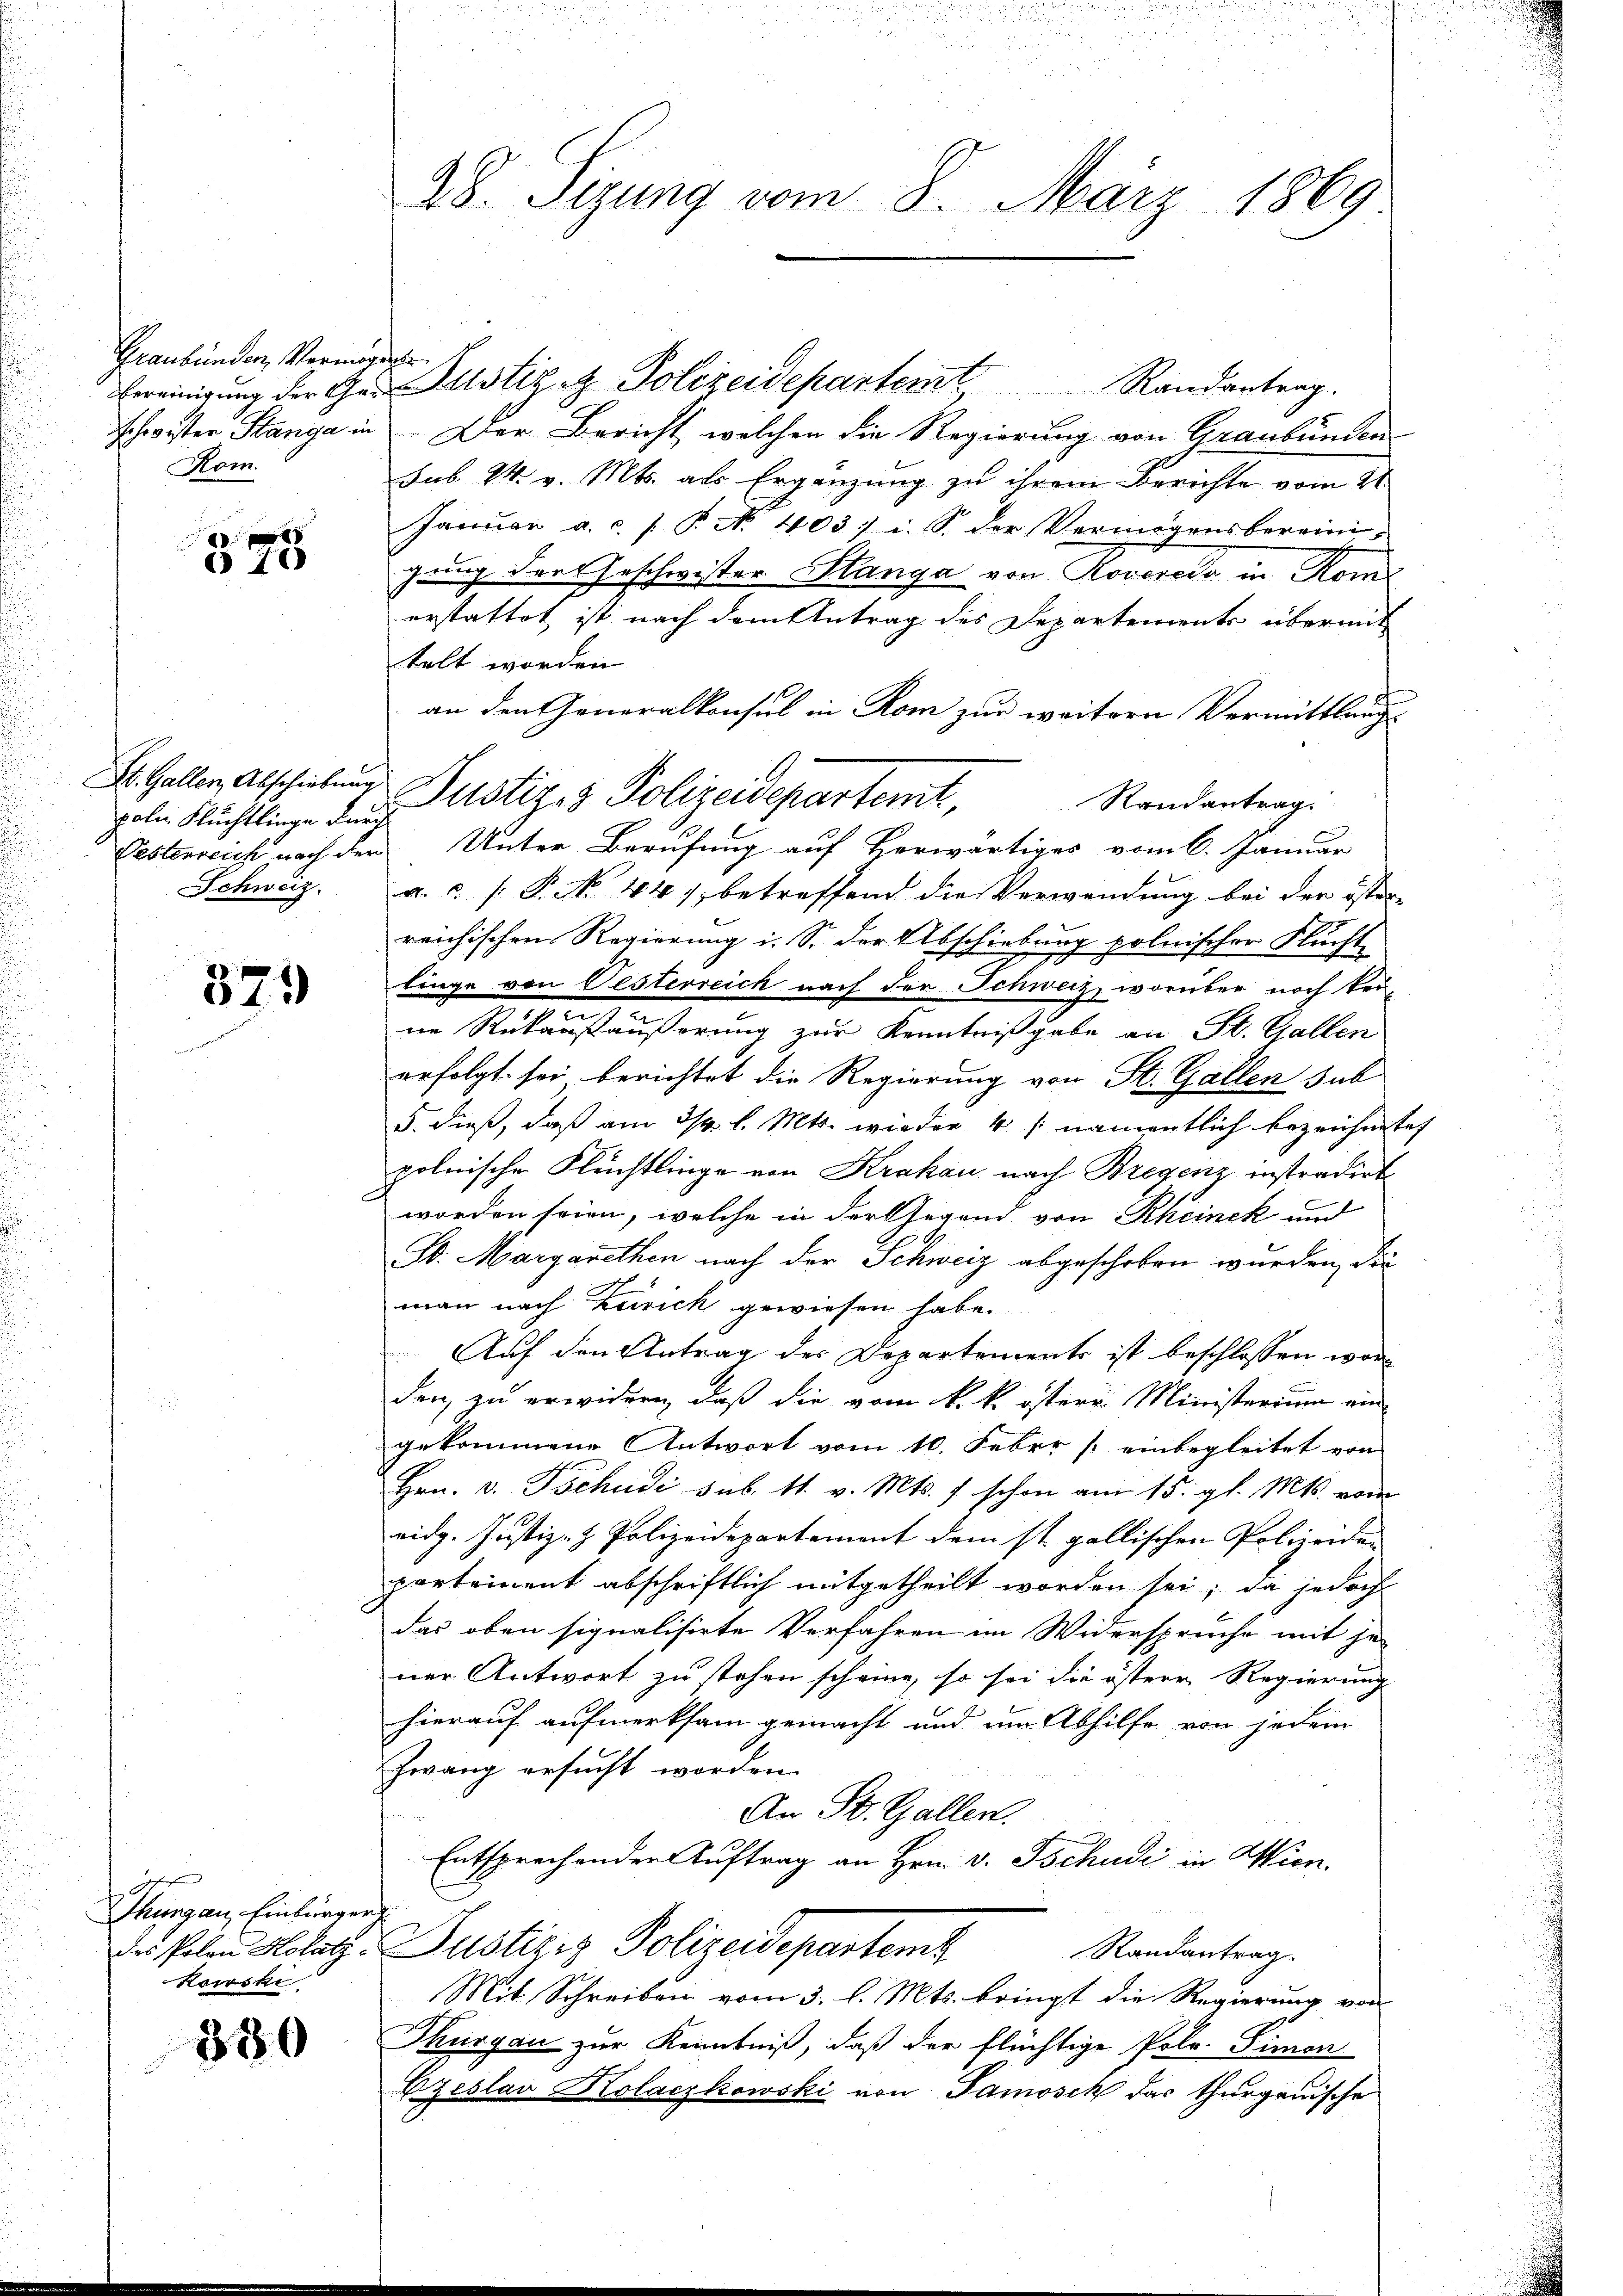
Graubünden, Vermögense
Kom.

375

poln Flüchtlinge durch
Schweiz.

329

4 x
Thurgau, Einbürger
Kowski

380

28. Sizung vom 8. März 1869

Eereinigŭng der Ge- Justiz & Polizeidepartemt Randantrag.
schwister Stanga in Der Bericht, welchen die Regierung von Graubünden
sub 24. v. Mts. als Ergänzung zu ihrem Berichte vom 21.
Januar a. c. P. Nr. 403: i. S. der Vermögensbereinigung der Geschwister Stanga von Rovereda in Kons
erstattet, ist nach dem Antrag des Departements übermit
telt worden.
an den Generalkonsul in Rom zur weitern Vermittlung
Randantrag.
Festerreich nach der Unter Berufung auf Herwärtiges vom 6. Januar
a.   P. No 44) betreffend die Verwendung bei der öster-
reichischen Regierung i. S. der Abschiebung polnischer Flucht
linge von Oesterreich nach der Schweiz, worüber noch kei-
ne Rükausäußerung zur Kenntnißgabe an St. Gallen
erfolgt sei berichtet die Regierung von St. Gallen sub
5. dieß, daß am 3/4. l. Mts. wieder 4 /: namentlich bezeichnete,
polnische Flüchtlinge von Krakau nach Bregenz instradirt
worden seien, welche in der Gegend von Rheinek und
S. Margarethen nach der Schweiz abgeschoben wurden, die
man nach Zeich gewiesen habe.
Auf den Antrag der Departements ist beschlossen worden, zu erwidern, daß die vom k. k. östere Ministerium ein
gekommene Antwort vom 10. Febrr [einbegleitet von
Hrn. v. Tschudi sub. 11. v. Mts. f. schon am 15. gl. Mts. vom
ridg. Justiz- & Polizeidepartement dem st. gallischen Polizeiden
partement abschriftlich mitgetheilt worden sei; da jedoch
das oben signalisirte Verfahren im Widerspruche mit je-
ner Antwort zu stehen scheine, so sei die östere Regierung
hierauf aufmerksam gemacht und um Abhilfe von jedem
Zwang ersucht worden.
An St. Gallen.
Entsprechenden Auftrag an Hrn. v. Tschudi in Wien.
Der Polen Holatz. Justiziz Polizeidepartemb
Randantrag.
Mit Schreiben vom 3. l. Mts. bringt die Regierung von
Thurgau zur Kenntniß, daß der flüchtige Pola. Simon
Bzeslau Kolaczkowski von Samosck das thurgauische

St. Gallen, Abschiebung Justiz & Polizeidepartemt,

.